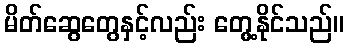
မိတ်ဆွေတွေနှင့်လည်း တွေ့နိုင်သည်။